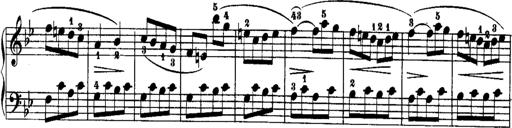
Title: Rondos and Sonatinas for Pianoforte
Composer: Daniel Steibelt